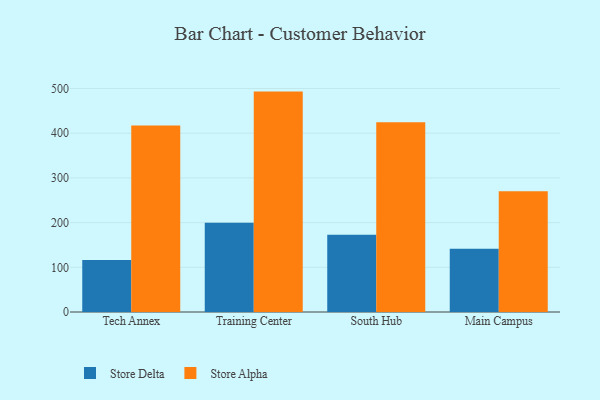
{"axis": {"x": "Campus", "y": "Demand Index"}, "legend": ["Store Alpha", "Store Delta"], "data": [{"x": "Tech Annex", "y": 116.5, "type": "Store Delta"}, {"x": "Tech Annex", "y": 417.4, "type": "Store Alpha"}, {"x": "Training Center", "y": 199.4, "type": "Store Delta"}, {"x": "Training Center", "y": 493.1, "type": "Store Alpha"}, {"x": "South Hub", "y": 172.7, "type": "Store Delta"}, {"x": "South Hub", "y": 424.8, "type": "Store Alpha"}, {"x": "Main Campus", "y": 141.7, "type": "Store Delta"}, {"x": "Main Campus", "y": 270.4, "type": "Store Alpha"}]}